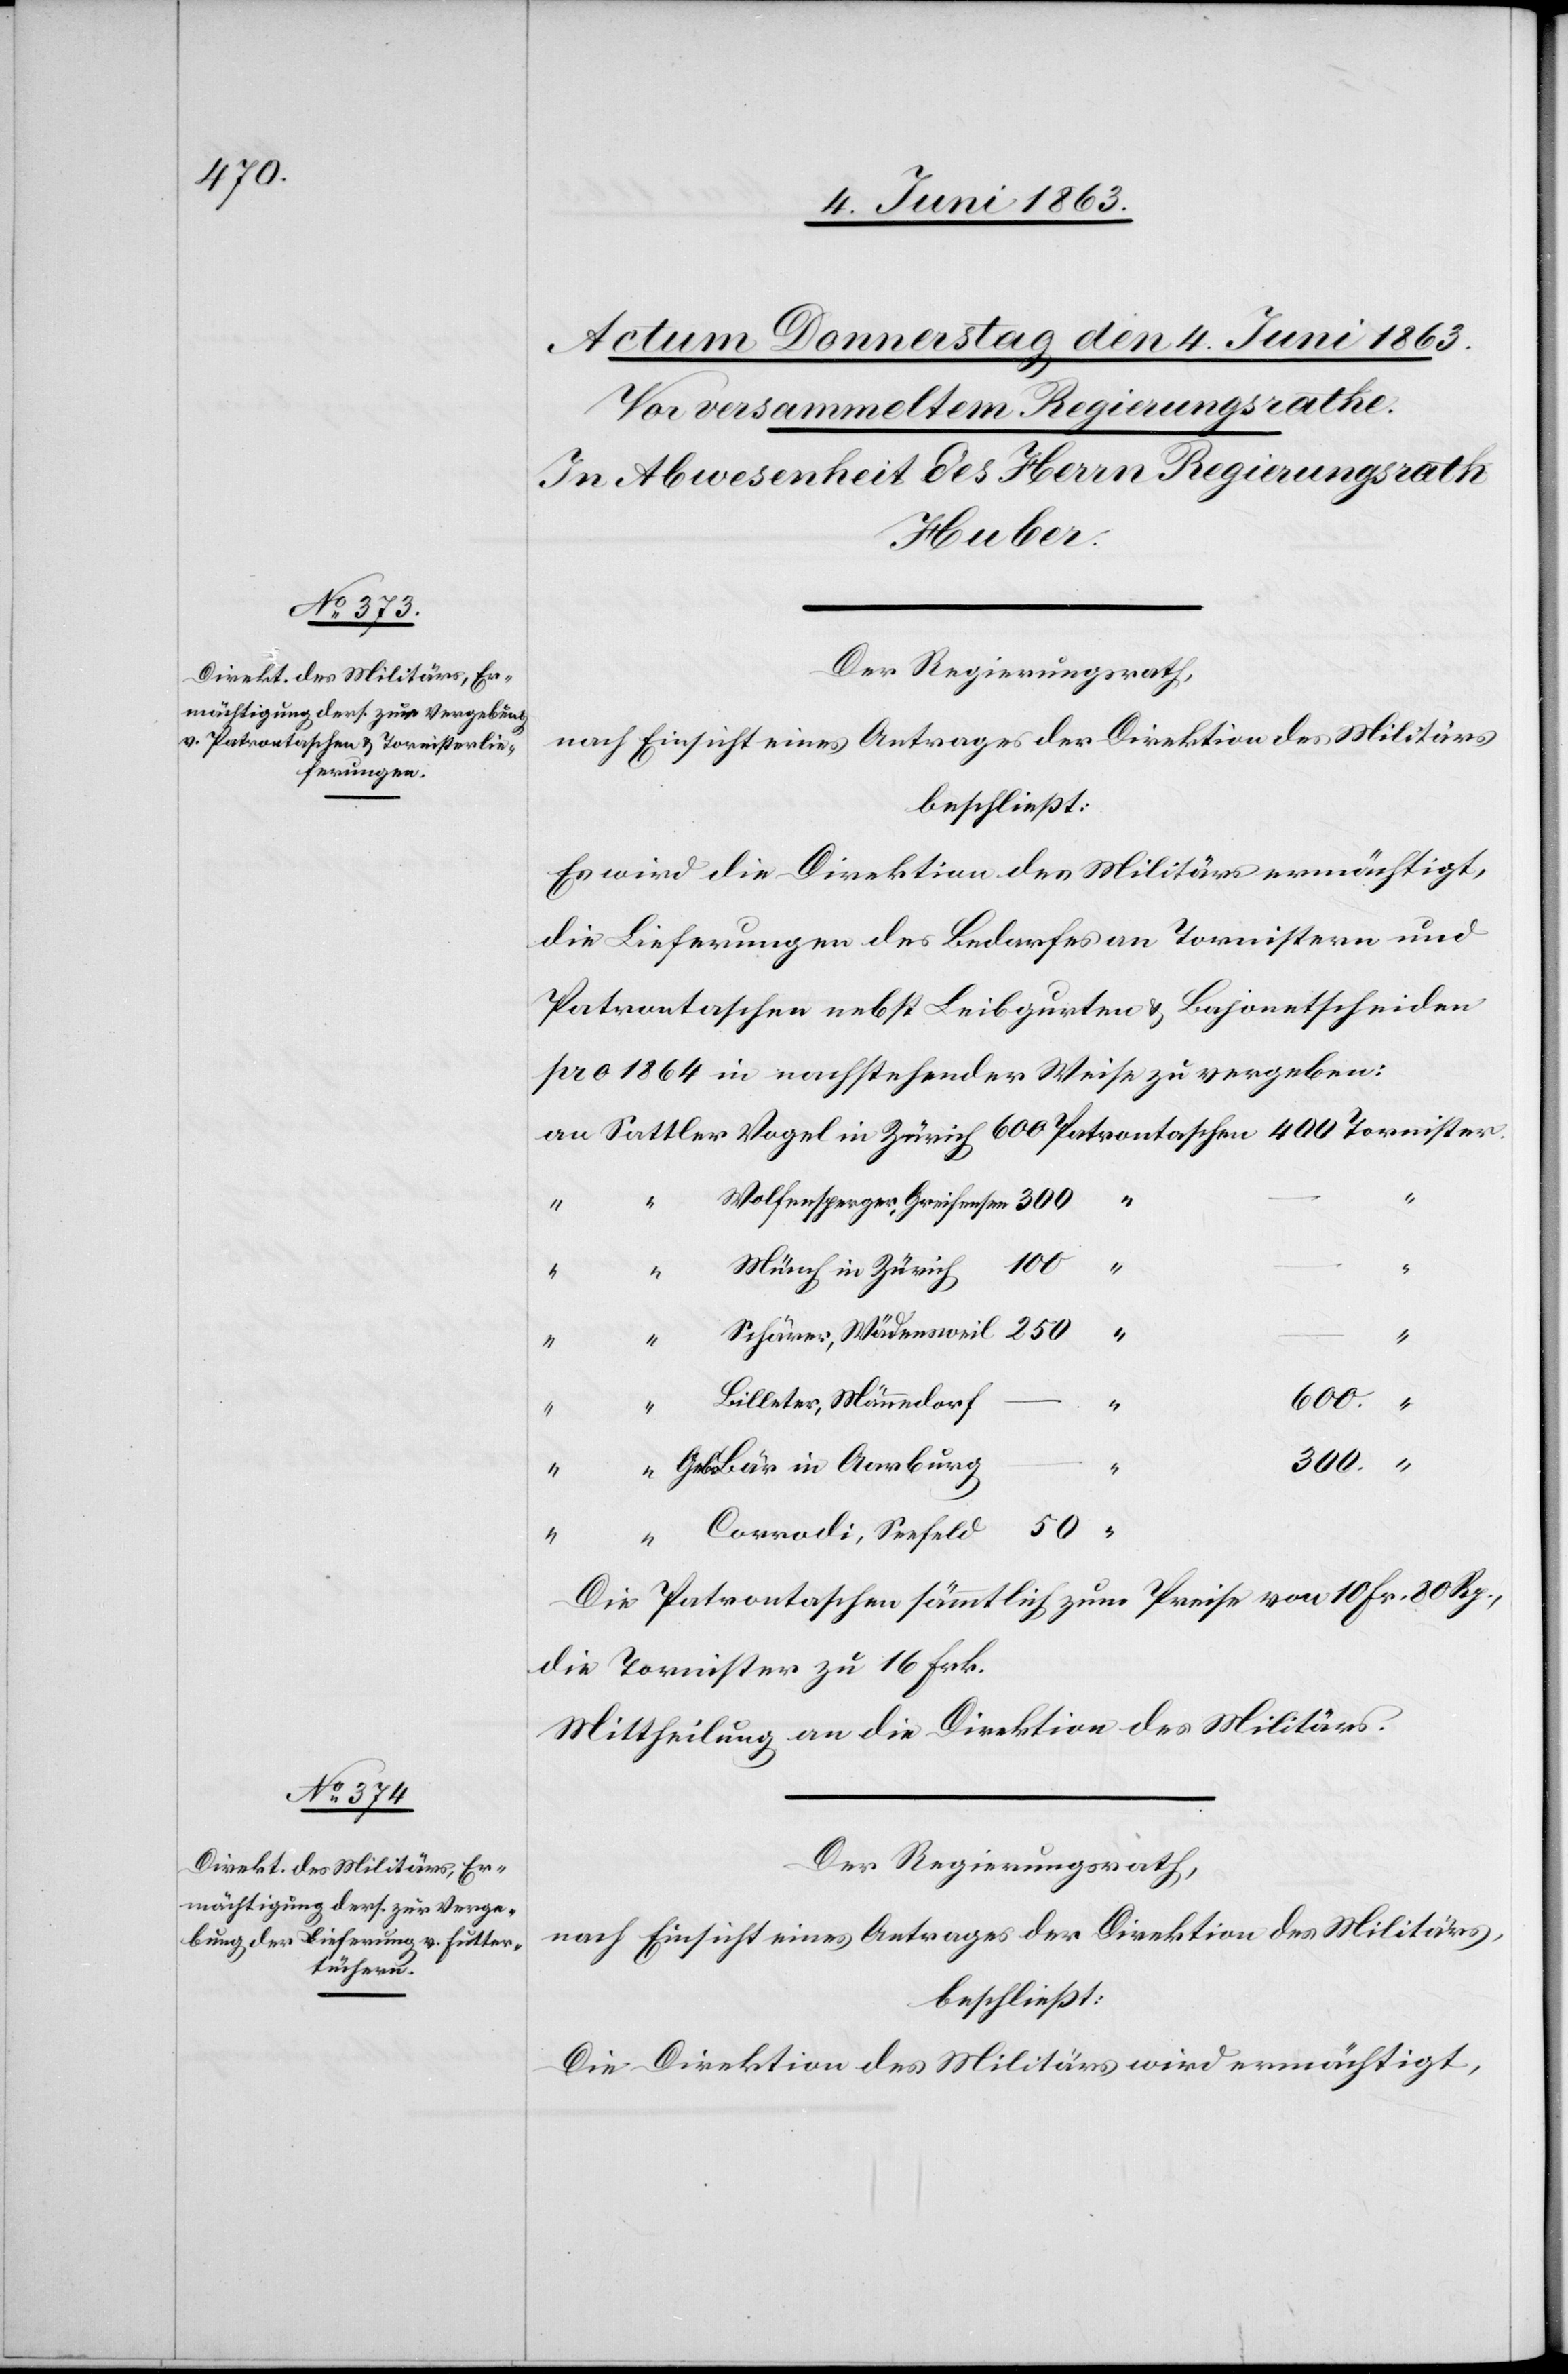
Der Regierungsrath,
nach Einsicht eines Antrages der Direktion des Militärs
beschließt:
Es wird die Direktion des Militärs ermächtigt,
die Lieferungen des Bedarfes an Tornistern und
Patrontaschen nebst Leibgurten und Bajonetscheiden
pro 1864 in nachstehender Weise zu vergeben:
Wolfensperger, Greifensee
250
100
Münch in Zürich
Schärer, Wädensweil
600.
Billeter, Männedorf
“
ster.
50
Geb. Bär in Aarburg
Corrodi, Seefeld
Die Patrontaschen sämmtlich zum Preise von 10 Fr. 80 Rp.,
die Tornister zu 16 Frk.
Mittheilung an die Direktion des Militärs.
Der Regierungsrath,
nach Einsicht eines Antrages der Direktion des Militärs,
beschließt:
Die Direktion des Militärs wird ermächtigt,